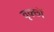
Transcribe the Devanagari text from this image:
वृक्छॊं